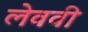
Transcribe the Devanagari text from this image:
लेववी